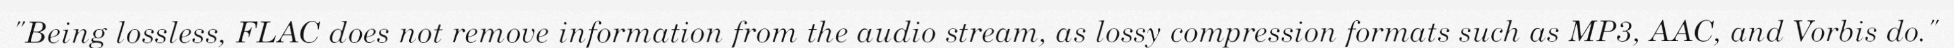
"Being lossless, FLAC does not remove information from the audio stream, as lossy compression formats such as MP3, AAC, and Vorbis do."